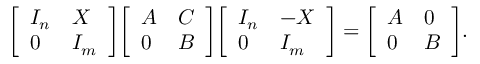
{ \left[ \begin{array} { l l } { I _ { n } } & { X } \\ { 0 } & { I _ { m } } \end{array} \right] } { \left[ \begin{array} { l l } { A } & { C } \\ { 0 } & { B } \end{array} \right] } { \left[ \begin{array} { l l } { I _ { n } } & { - X } \\ { 0 } & { I _ { m } } \end{array} \right] } = { \left[ \begin{array} { l l } { A } & { 0 } \\ { 0 } & { B } \end{array} \right] } .